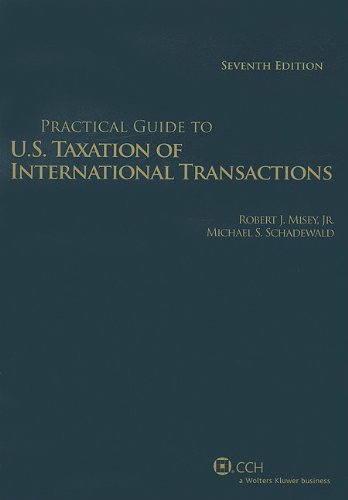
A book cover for Practical Guide to U.S. Taxation of International Transactions, 7th Edition; Ph.D., CPA Michael S. Schadewald; Law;